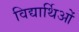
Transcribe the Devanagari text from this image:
विद्यार्थिओं